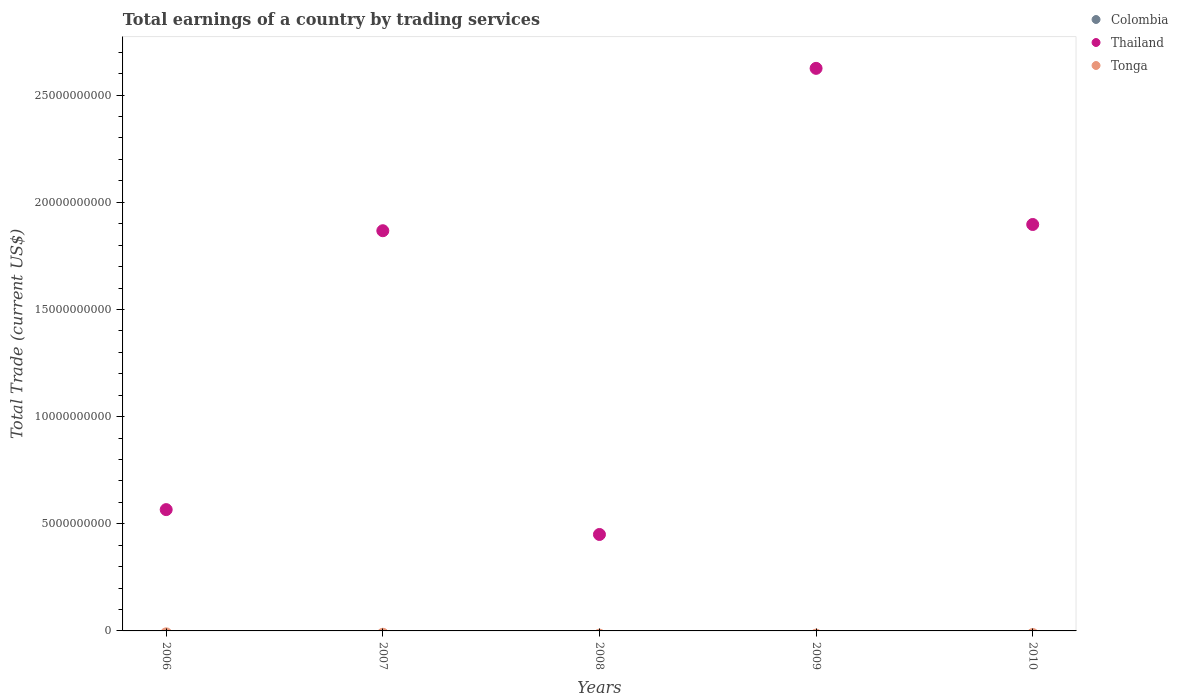
| Years | Colombia | Thailand | Tonga |
 | --- | --- | --- | --- |
 | 2006 | -1.93e+09 | 5.66e+09 | -1.36e+08 |
 | 2007 | -3.41e+09 | 1.87e+10 | -1.56e+08 |
 | 2008 | -2.36e+09 | 4.5e+09 | -1.98e+08 |
 | 2009 | -8.22e+08 | 2.62e+10 | -1.96e+08 |
 | 2010 | -1.89e+09 | 1.9e+10 | -1.68e+08 |